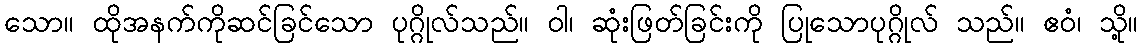
သော။ ထိုအနက်ကိုဆင်ခြင်သော ပုဂ္ဂိုလ်သည်။ ဝါ၊ ဆုံးဖြတ်ခြင်းကို ပြုသောပုဂ္ဂိုလ် သည်။ ဧဝံ၊ သို့။